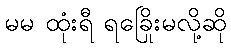
မမ ထုံးရီ ရခြေိုးမလို့ဆို